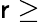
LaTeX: \mathsf{r}\ge